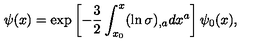
\psi ( x ) = \exp \left[ - \frac { 3 } { 2 } \int _ { x _ { 0 } } ^ { x } ( \ln \sigma ) _ { , a } d x ^ { a } \right] \psi _ { 0 } ( x ) { , }